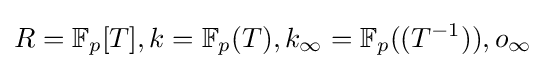
R=\mathbb {F} _{p}[T],k=\mathbb {F} _{p}(T),k_{\infty }=\mathbb {F} _{p}((T^{-1})),o_{\infty }